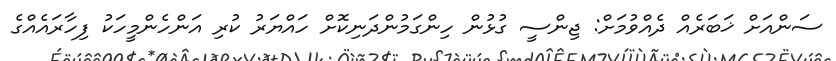
ސަންއަށް ޚަބަރެއް ދެއްވުމަށް: ޖިންސީ ގުޅުން ހިންގަމުންދަނިކޮށް ހައްޔަރު ކުރި އަންހެންމީހަކު ފިހާރައެއްގެ